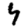
Digit: 4